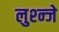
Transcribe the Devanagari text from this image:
लुश्न्जे